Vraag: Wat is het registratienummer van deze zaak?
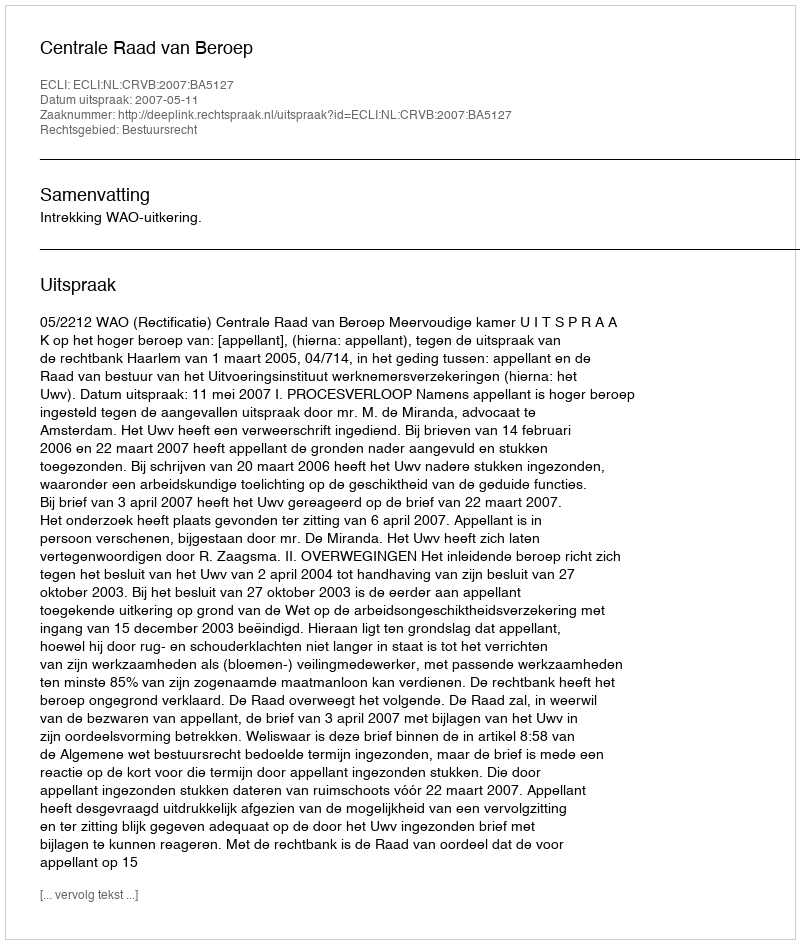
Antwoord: http://deeplink.rechtspraak.nl/uitspraak?id=ECLI:NL:CRVB:2007:BA5127